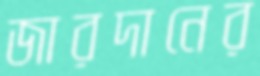
জারদানের